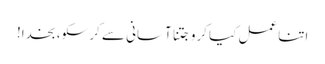
اتنا عمل کیا کرو جتنا آسانی سے کر سکو، بخدا!